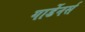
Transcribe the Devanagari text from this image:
गार्डेनर्स